Vaccination in the Punjab 1883-1896 - 1883-1896
Year: 1883
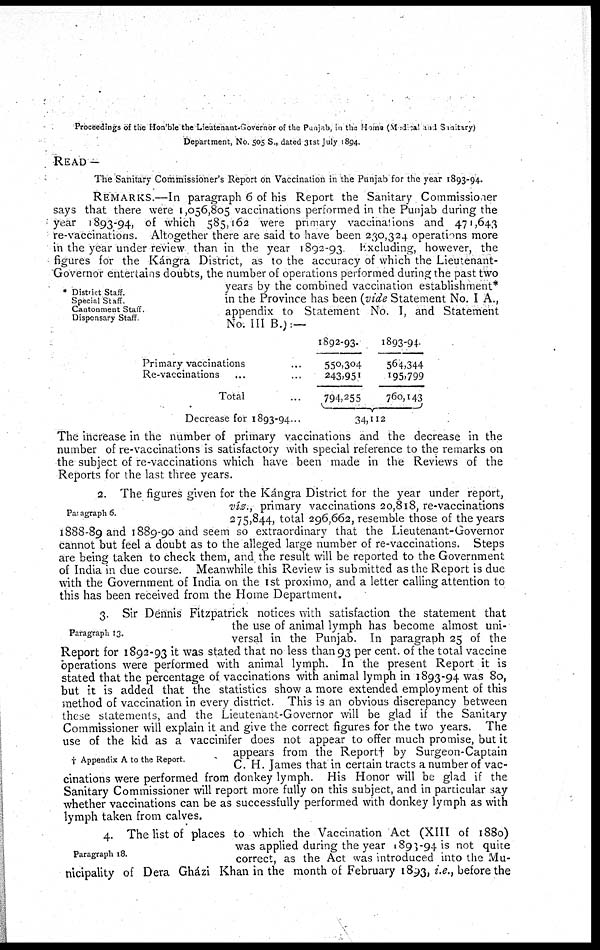
Proceedings of the Hon'ble the Lieutenant-Governor of the Punjab, in the Home (Medical and Sanitary)
Department, No. 505 S., dated 31st July 1894.
READ —
The Sanitary Commissioner's Report on Vaccination in the Punjab for the year 1893-94.
* District Staff.
Special Staff.
Cantonment Staff.
Dispensary Staff.
REMARKS.—In paragraph 6 of his Report the Sanitary Commissioner
says that there were 1,056,805 vaccinations performed in the Punjab during the
year 1893-94, of which 585,162 were primary vaccinations and 471,643
re-vaccinations. Altogether there are said to have been 230,324 operations more
in the year under review than in the year 1892-93. Excluding, however, the
figures for the Kángra District, as to the accuracy of which the Lieutenant-
Governor entertains doubts, the number of operations performed during the past two
years by the combined vaccination establishment*
in the Province has been (vide Statement No. I A.,
appendix to Statement No. I, and Statement
No. III B.):—
Primary vaccinations ...
Re-vaccinations ... ...
Total ...
Decrease for 1893-94...
1892-93.
550,304
243,951
794,255
1893-94.
564,344
195,799
760,143
34, 112
The increase in the number of primary vaccinations and the decrease in the
number of re-vaccinations is satisfactory with special reference to the remarks on
the subject of re-vaccinations which have been made in the Reviews of the
Reports for the last three years.
Paragraph 6.
2. The figures given for the Kángra District for the year under report,
viz., primary vaccinations 20,818, re-vaccinations
275,844, total 296,662, resemble those of the years
1888-89 and 1889-90 and seem so extraordinary that the Lieutenant-Governor
cannot but feel a doubt as to the alleged large number of re-vaccinations. Steps
are being taken to check them, and the result will be reported to the Government
of India in due course. Meanwhile this Review is submitted as the Report is due
with the Government of India on the 1st proximo, and a letter calling attention to
this has been received from the Home Department.
Paragraph 13.
† Appendix A to the Report.
3. Sir Dennis Fitzpatrick notices with satisfaction the statement that
the use of animal lymph has become almost uni-
versal in the Punjab. In paragraph 25 of the
Report for 1892-93 it was stated that no less than 93 per cent. of the total vaccine
operations were performed with animal lymph. In the present Report it is
stated that the percentage of vaccinations with animal lymph in 1893-94 was 80,
but it is added that the statistics show a more extended employment of this
method of vaccination in every district. This is an obvious discrepancy between
these statements, and the Lieutenant-Governor will be glad if the Sanitary
Commissioner will explain it and give the correct figures for the two years. The
use of the kid as a vaccinifer does not appear to offer much promise, but it
appears from the Report† by Surgeon-Captain
C. H. James that in certain tracts a number of vac-
cinations were performed from donkey lymph. His Honor will be glad if the
Sanitary Commissioner will report more fully on this subject, and in particular say
whether vaccinations can be as successfully performed with donkey lymph as with
lymph taken from calves.
Paragraph 18.
4. The list of places to which the Vaccination Act (XIII of 1880)
was applied during the year 1893-94 is not quite
correct, as the Act was introduced into the Mu-
nicipality of Dera Gházi Khan in the month of February 1893, i.e., before the